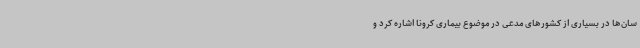
سان‌ها در بسیاری از کشورهای مدعی در موضوع بیماری کرونا اشاره کرد و